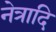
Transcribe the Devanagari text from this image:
नेत्रादि